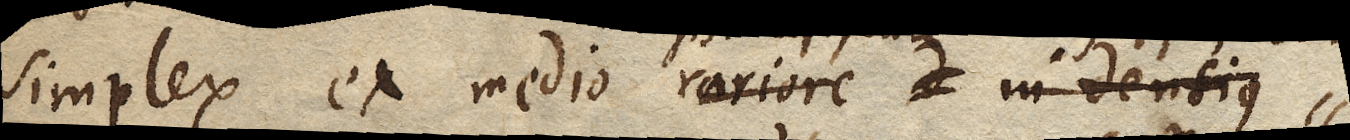
simplex ex medio rariore in densius